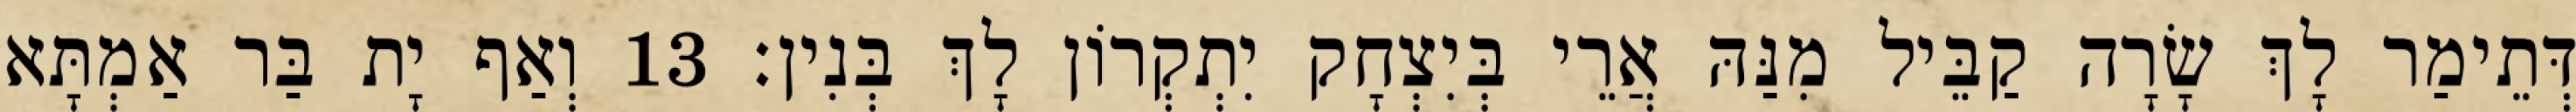
דְּתֵימַר לָךְ שָׂרָה קַבֵּיל מִנַּהּ אֲרֵי בְּיִצְחָק יִתְקְרוֹן לָךְ בְּנִין׃ 13 וְאַף יָת בַּר אַמְתָּא